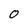
Character: O